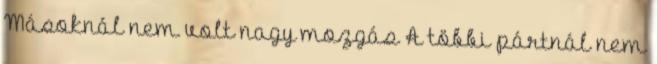
Másoknál nem volt nagy mozgás A többi pártnál nem